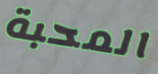
المحبة